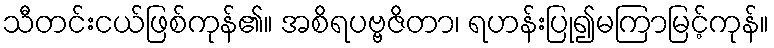
သီတင်းငယ်ဖြစ်ကုန်၏။ အစိရပဗ္ဗဇိတာ၊ ရဟန်းပြု၍မကြာမြင့်ကုန်။